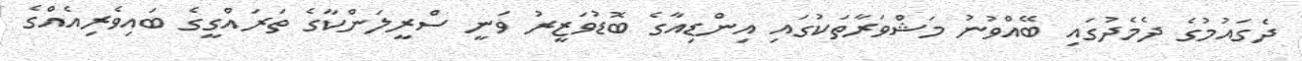
ދެގައުމުގެ ދެމެދުގައި ބޭއްވުނު މަޝްވަރާތަކުގައި އިންޑިއާގެ ބޮޑުވަޒީރު ވަނީ ސްރީލަންކާގެ ތަރައްގީގެ ބައިވެރިއެއްގެ